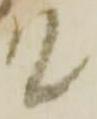
て